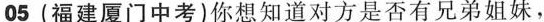
05(福建厦门中考)你想知道对方是否有兄弟姐妹，